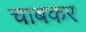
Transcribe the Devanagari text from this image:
चाबकर